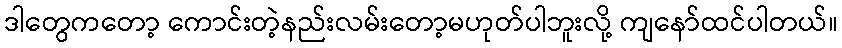
ဒါတွေကတော့ ကောင်းတဲ့နည်းလမ်းတော့မဟုတ်ပါဘူးလို့ ကျနော်ထင်ပါတယ်။